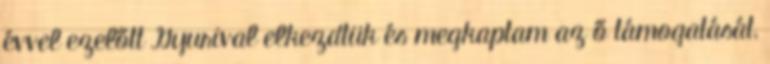
évvel ezelőtt Gyurival elkezdtük és megkaptam az ő támogatását,